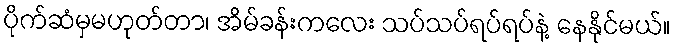
ပိုက်ဆံမှမဟုတ်တာ၊ အိမ်ခန်းကလေး သပ်သပ်ရပ်ရပ်နဲ့ နေနိုင်မယ်။